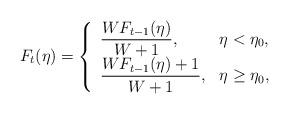
LaTeX: \begin{align*}F_{t}(\eta) = \left\{\begin{array}{ll}\displaystyle \frac{W F_{t-1}(\eta)}{W+1}, & \eta < \eta_0, \\\displaystyle \frac{W F_{t-1}(\eta) + 1}{W+1}, & \eta\ge \eta_0,\end{array} \right.\end{align*}